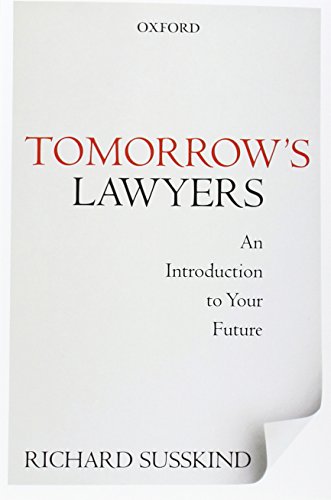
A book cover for Tomorrow's Lawyers: An Introduction to Your Future; Richard Susskind; Law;